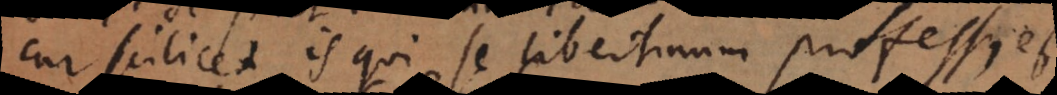
cur scilicet is qui se libertinum professus